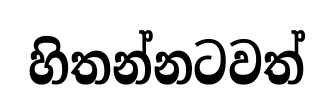
හිතන්නටවත්